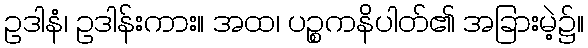
ဥဒါနံ၊ ဥဒါန်းကား။ အထ၊ ပဉ္စကနိပါတ်၏ အခြားမဲ့၌။